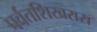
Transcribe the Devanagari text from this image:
पर्वतशिखरास